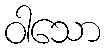
ဝါသော